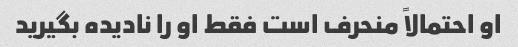
او احتمالاً منحرف است فقط او را نادیده بگیرید